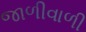
જાળીવાળી